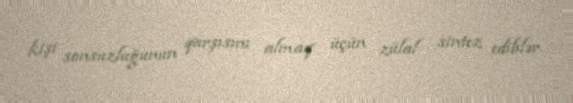
kişi sonsuzluğunun qarşısını almaq üçün zülal sintez ediblər.